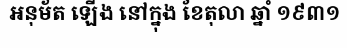
អនុម័ត ឡើង នៅក្នុង ខែតុលា ឆ្នាំ ១៩៣១